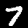
Digit: 7